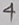
Text: 4